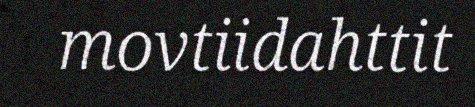
movtiidahttit